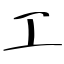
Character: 工